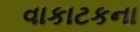
વાકાટકના